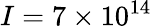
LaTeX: I=7\times 10^{14}